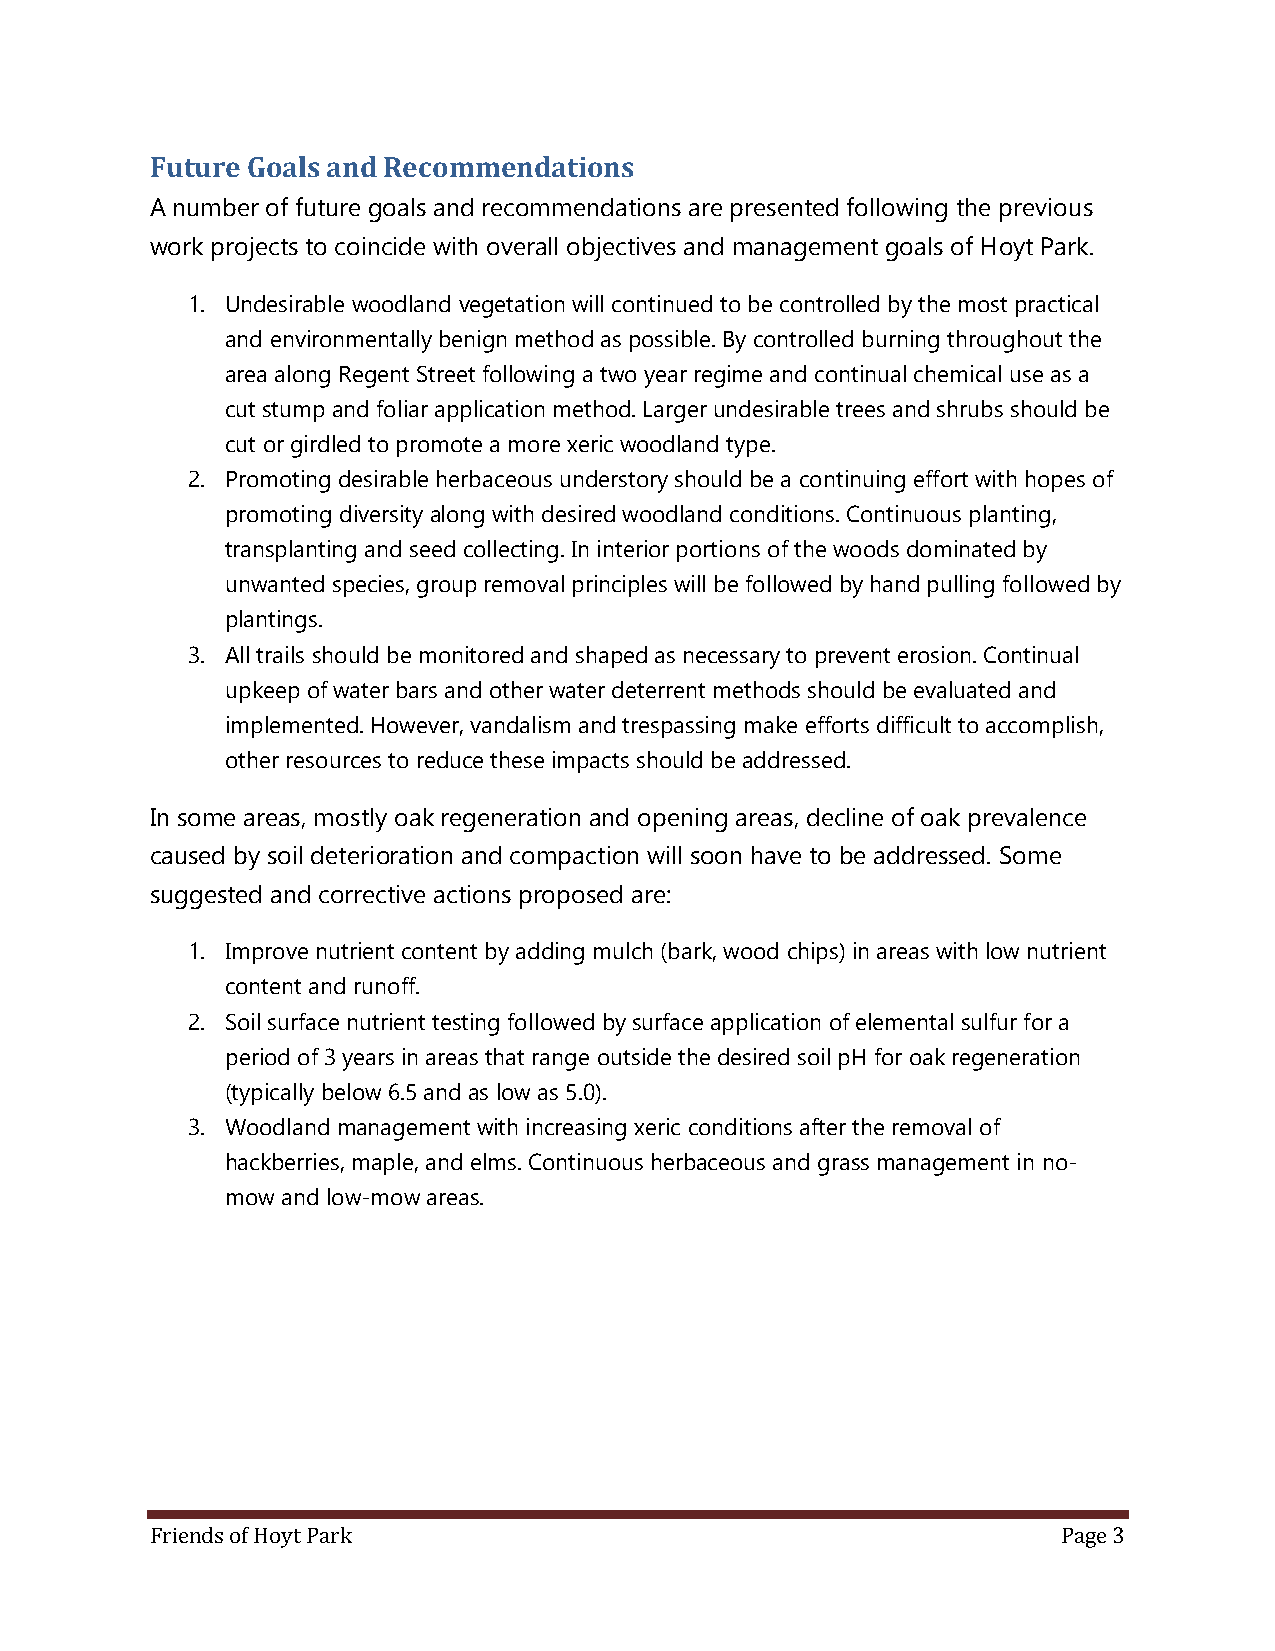
Future Goals and Recommendations
 A number of future goals and recommendations are presented following the previous
 work projects to coincide with overall objectives and management goals of Hoyt Park.
 1. Undesirable woodland vegetation will continued to be controlled by the most practical
 and environmentally benign method as possible. By controlled burning throughout the
 area along Regent Street following a two year regime and continual chemical use as a
 cut stump and foliar application method. Larger undesirable trees and shrubs should be
 cut or girdled to promote a more xeric woodland type.
 2. Promoting desirable herbaceous understory should be a continuing effort with hopes of
 promoting diversity along with desired woodland conditions. Continuous planting,
 transplanting and seed collecting. In interior portions of the woods dominated by
 unwanted species, group removal principles will be followed by hand pulling followed by
 plantings.
 3. All trails should be monitored and shaped as necessary to prevent erosion. Continual
 upkeep of water bars and other water deterrent methods should be evaluated and
 implemented. However, vandalism and trespassing make efforts difficult to accomplish,
 other resources to reduce these impacts should be addressed.
 In some areas, mostly oak regeneration and opening areas, decline of oak prevalence
 caused by soil deterioration and compaction will soon have to be addressed. Some
 suggested and corrective actions proposed are:
 1. Improve nutrient content by adding mulch (bark, wood chips) in areas with low nutrient
 content and runoff.
 2. Soil surface nutrient testing followed by surface application of elemental sulfur for a
 period of 3 years in areas that range outside the desired soil pH for oak regeneration
 (typically below 6.5 and as low as 5.0).
 3. Woodland management with increasing xeric conditions after the removal of
 hackberries, maple, and elms. Continuous herbaceous and grass management in no-
 mow and low-mow areas.
 Friends of Hoyt Park                                        Page 3